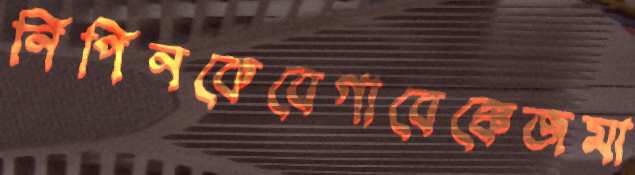
নিপিনকেবেগাবেক্কেজমা